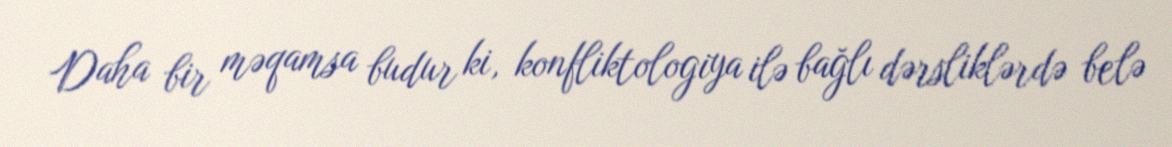
Daha bir məqamsa budur ki, konfliktologiya ilə bağlı dərsliklərdə belə